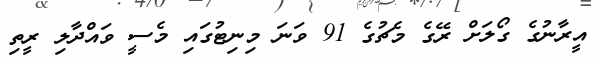
އީރާނުގެ ގޯލަށް ރޭގެ މެޗުގެ 91 ވަނަ މިނިޓުގައި މެސީ ވައްދާލި ރީތި